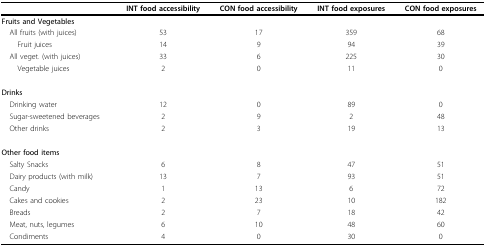
|  | INT food accessibility | CON food accessibility | INT food exposures | CON food exposures |
 | --- | --- | --- | --- | --- |
 | Fruits and Vegetables |  |  |  |  |
 | All fruits (with juices) | 53 | 17 | 359 | 68 |
 | Fruit juices | 14 | 9 | 94 | 39 |
 | All veget. (with juices) | 33 | 6 | 225 | 30 |
 | Vegetable juices | 2 | 0 | 11 | 0 |
 | Drinks |  |  |  |  |
 | Drinking water | 12 | 0 | 89 | 0 |
 | Sugar-sweetened beverages | 2 | 9 | 2 | 48 |
 | Other drinks | 2 | 3 | 19 | 13 |
 | Other food items |  |  |  |  |
 | Salty Snacks | 6 | 8 | 47 | 51 |
 | Dairy products (with milk) | 13 | 7 | 93 | 51 |
 | Candy | 1 | 13 | 6 | 72 |
 | Cakes and cookies | 2 | 23 | 10 | 182 |
 | Breads | 2 | 7 | 18 | 42 |
 | Meat, nuts, legumes | 6 | 10 | 48 | 60 |
 | Condiments | 4 | 0 | 30 | 0 |